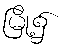
မြို့၌